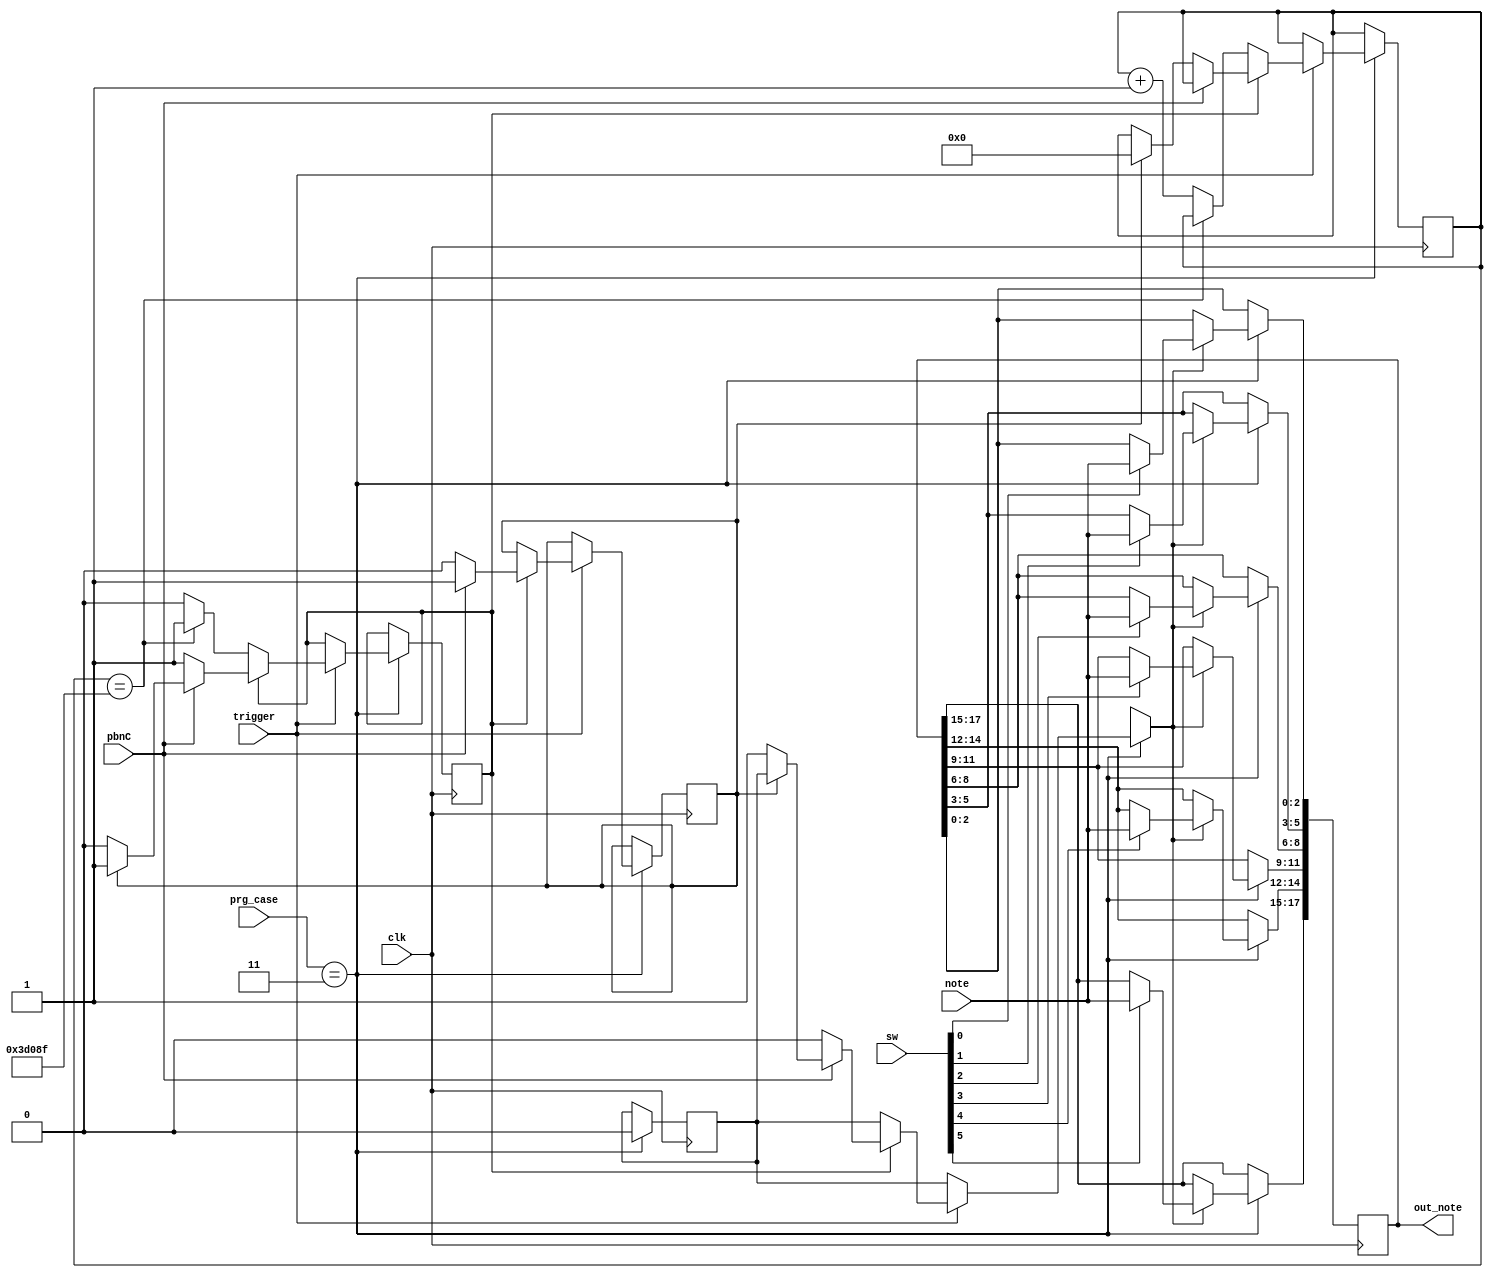
`timescale 1ns / 1ps
//////////////////////////////////////////////////////////////////////////////////
// Company: 
// Engineer: 
// 
// Design Name: 
// Module Name: save_note
// Project Name: 
// Target Devices: 
// Tool Versions: 
// Description: 
// 
// Dependencies: 
// 
// Revision:
// Revision 0.01 - File Created
// Additional Comments:
// 
//////////////////////////////////////////////////////////////////////////////////


module save_note(
    input trigger, pbnC, clk,
    input [2:0] note,
    input [5:0] sw,
    input [1:0] prg_case,
    output reg [17:0] out_note
    );
    reg[31:0] count = 0, count_b = 0;
    //124999999;
    reg isPressed = 0, isReady = 1, saving = 0;
    reg[31:0] count_time = 124999999;
    reg[31:0] debounce_c = 0, debounce_max = 249999;
    always @ (posedge clk) begin
    if (prg_case == 3) begin
    if (trigger == 1) begin  
        if ( isReady  == 1) begin
            if (pbnC == 1) begin
                isPressed <= 1;
                saving = (isPressed == 0)? 1 : saving;
                isReady <= (isPressed == 0)? 0 : isReady;
                //debounce_c <= (isPressed == 0)? 0 : debounce_c;
            end else begin
                isPressed <= 0;
                saving <= 0;
                debounce_c <= (isPressed == 1)? 0 : debounce_c;
            end
        end else begin
            if (debounce_c == debounce_max) begin
               isReady <= 1;
            end else debounce_c = debounce_c + 1;
        end
end
    if (saving == 1) begin
        out_note[2:0] <= (sw[0] == 1)? note: out_note[2:0];
        out_note[5:3] <= (sw[1] == 1)? note: out_note[5:3];
        out_note[8:6] <= (sw[2] == 1)? note: out_note[8:6];
        out_note[11:9] <= (sw[3] == 1)? note: out_note[11:9];
        out_note[14:12] <= (sw[4] == 1)? note: out_note[14:12];
        out_note[17:15] <= (sw[5] == 1)? note: out_note[17:15];
        saving <= 0;
    end  
end  
end
endmodule